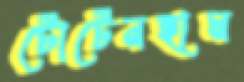
টোটেনহাম